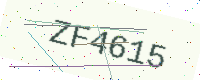
Text: ZF4615